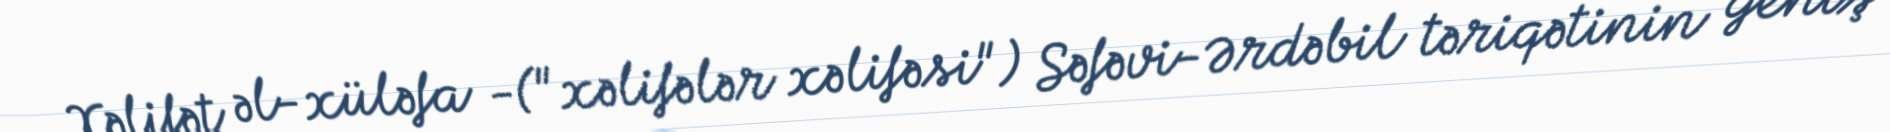
Xəlifət əl-xüləfa -("xəlifələr xəlifəsi") Səfəvi-Ərdəbil təriqətinin geniş